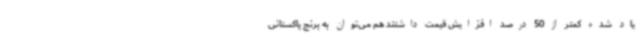
یاد شده کمتر از 50 درصد افزایش قیمت داشتند هم می‌توان به برنج پاکستانی